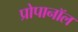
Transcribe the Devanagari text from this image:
प्रोपानॉल